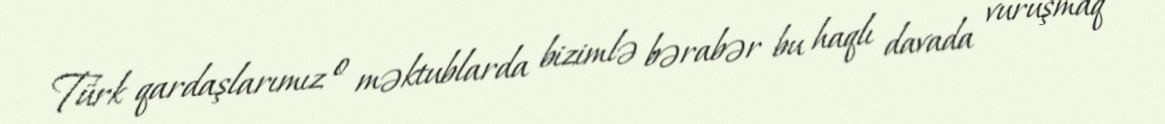
Türk qardaşlarımız o məktublarda bizimlə bərabər bu haqlı davada vuruşmaq